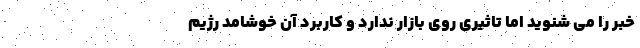
خبر را می شنوید اما تاثیری روی بازار ندارد و کاربرد آن خوشامد رژیم